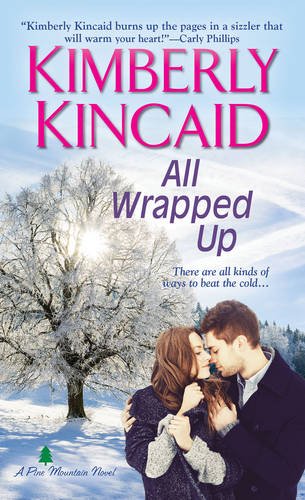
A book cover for All Wrapped Up (A Pine Mountain Novel); Kimberly Kincaid; Romance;